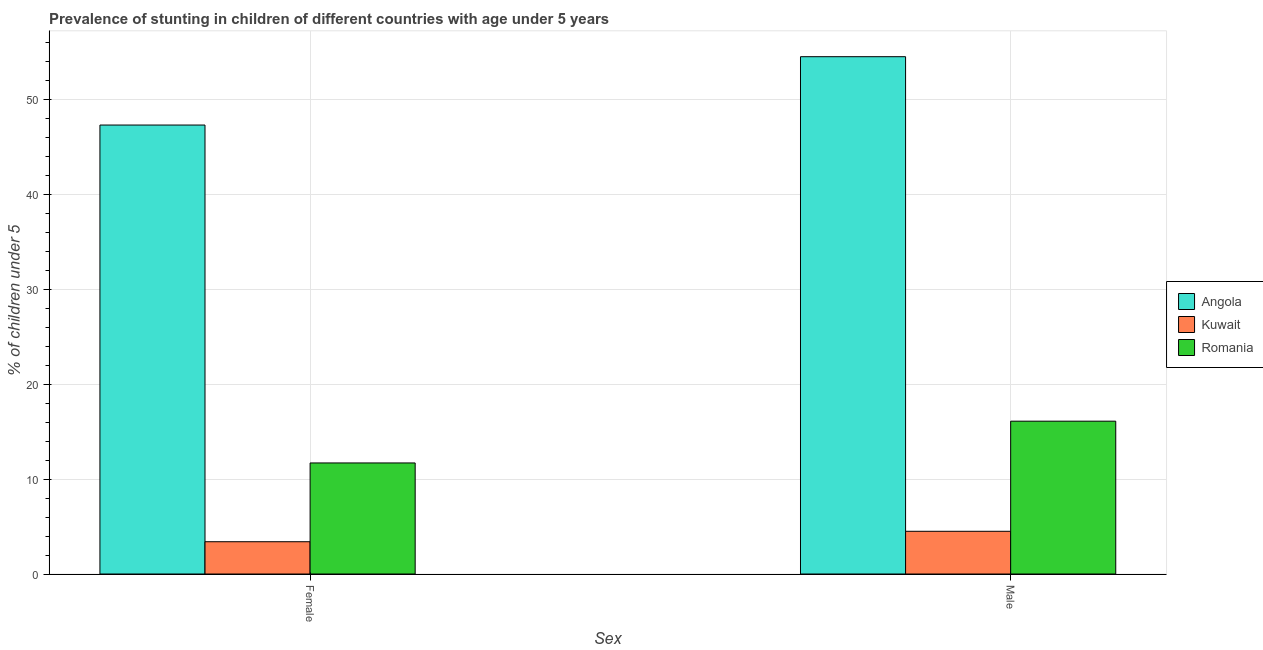
| Sex | Angola | Kuwait | Romania |
 | --- | --- | --- | --- |
 | Female | 47.3 | 3.4 | 11.7 |
 | Male | 54.5 | 4.5 | 16.1 |